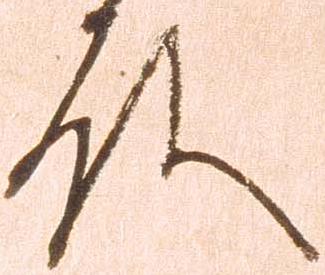
殿